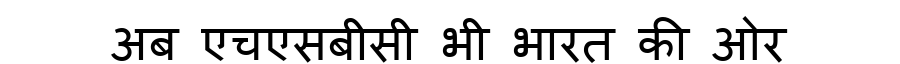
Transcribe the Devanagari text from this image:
अब एचएसबीसी भी भारत की ओर